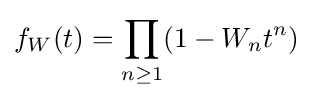
f_{W}(t)=\prod _{n\geq 1}(1-W_{n}t^{n})